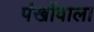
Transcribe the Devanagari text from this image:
पंखोंवाला